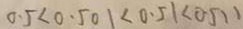
0 . 5 < 0 . 5 0 1 < 0 . 5 1 < 0 . 5 1 1